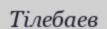
Тілебаев